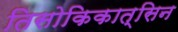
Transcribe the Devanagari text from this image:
तिसोकिकात्सिन